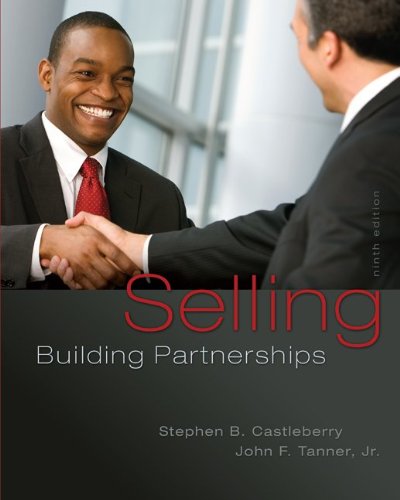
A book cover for Selling: Building Partnerships; Stephen Castleberry; Business & Money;